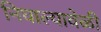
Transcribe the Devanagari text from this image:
निघाल्यावेळी